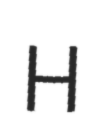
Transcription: H